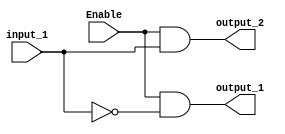
module OneToTwoDecoder
(
input input_1,
input Enable,
output output_1,
output output_2
);
assign output_1  =  Enable & !input_1;
assign output_2  =  Enable &  input_1;
endmodule